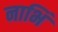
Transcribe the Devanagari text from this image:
नाभिं